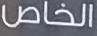
الخاص